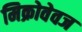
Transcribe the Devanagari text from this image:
मिक्रोवेवज